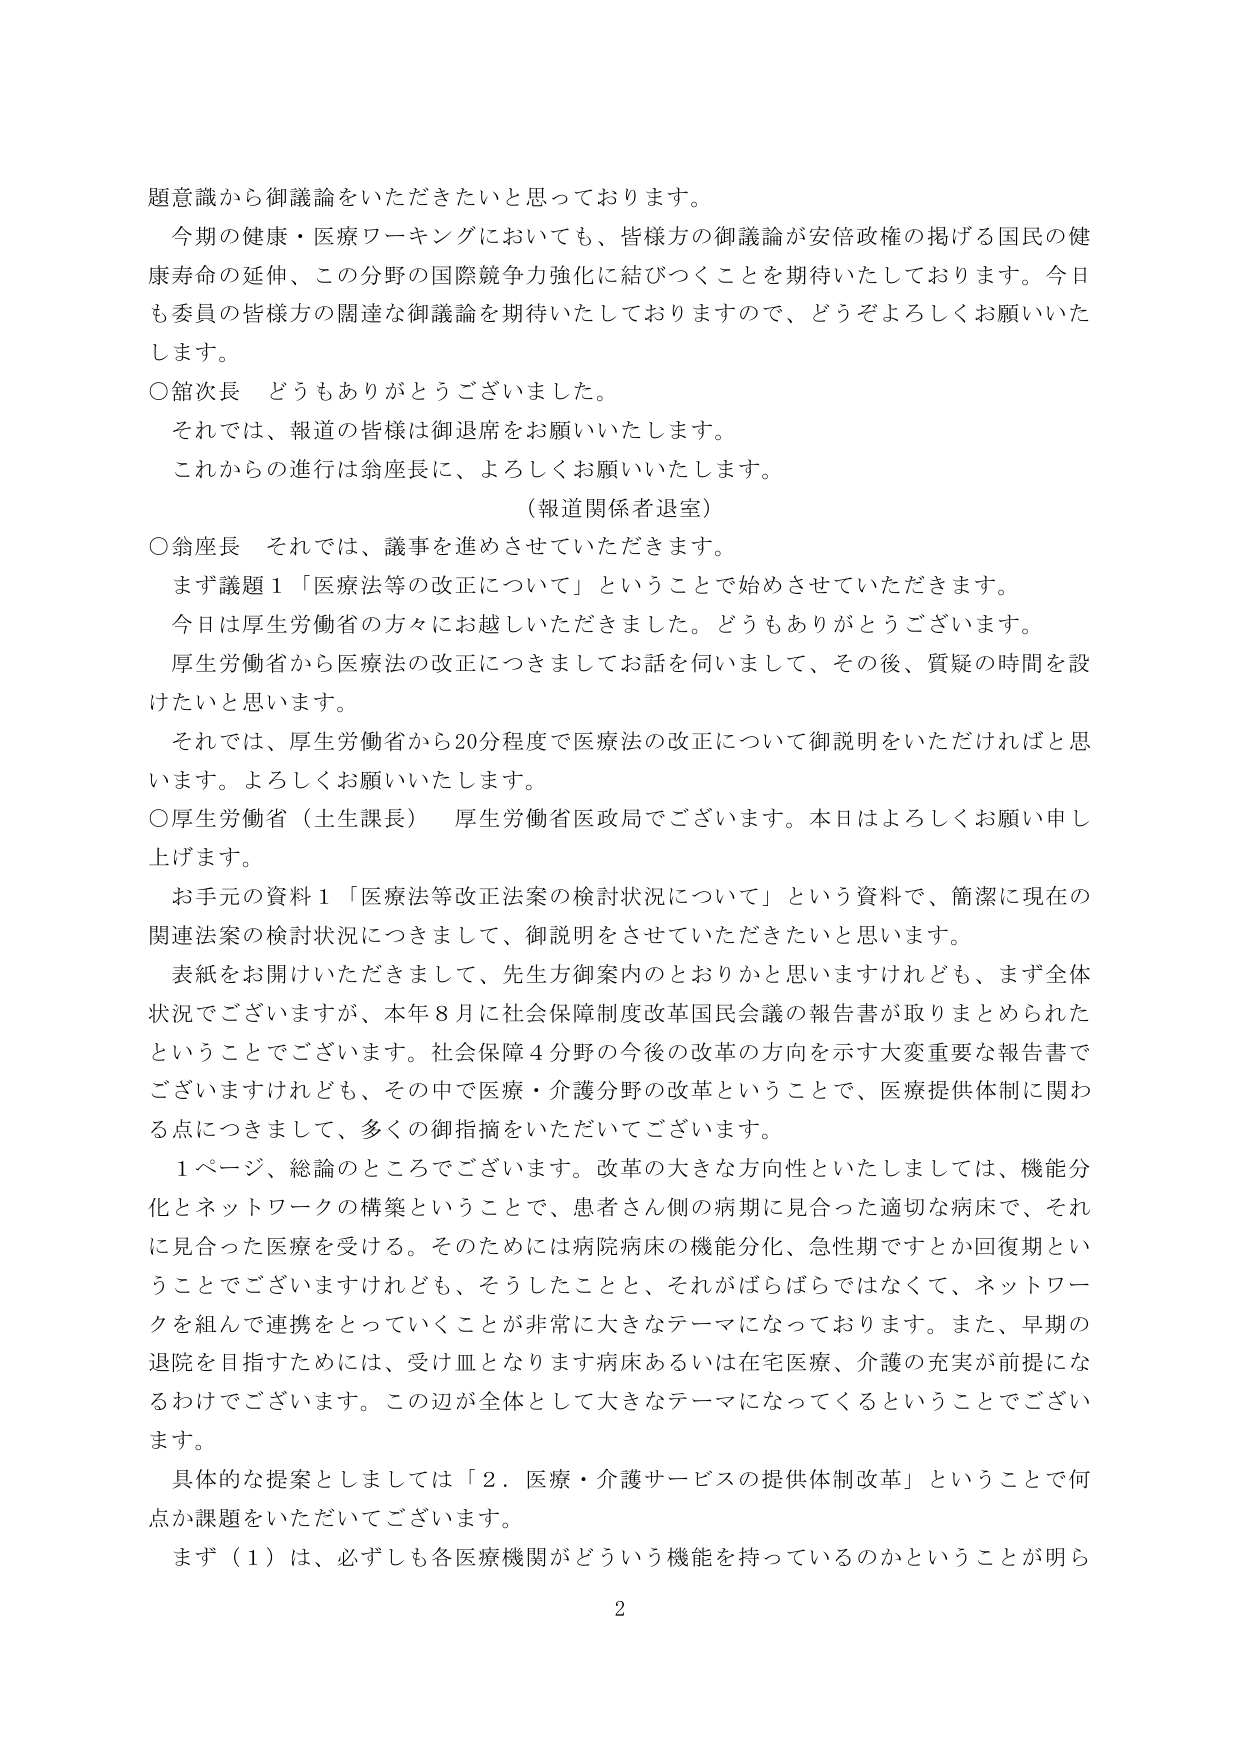
題意識から御議論をいただきたいと思っております。

今期の健康・医療ワーキングにおいても、皆様方の御議論が安倍政権の掲げる国民の健康寿命の延伸、この分野の国際競争力強化に結びつくことを期待いたしております。今日も委員の皆様方の闊達な御議論を期待いたしておりますので、どうぞよろしくお願いいたします。

○館次長　どうもありがとうございました。
　　それでは、報道の皆様は御退席をお願いいたします。
　　これからの進行は翁座長に、よろしくお願いいたします。
　　　　　　　　（報道関係者退室）

○翁座長　それでは、議事を進めさせていただきます。
　　まず議題１「医療法等の改正について」ということで始めさせていただきます。
　　今日は厚生労働省の方々にお越しいただきました。どうもありがとうございます。
　　厚生労働省から医療法の改正につきましてお話をお伺いして、その後、質疑の時間を設けたいと思います。
　　それでは、厚生労働省から20分程度で医療法の改正について御説明をいただければと思います。よろしくお願いいたします。

○厚生労働省（土生課長）　厚生労働省医政局でございます。本日はよろしくお願い申し上げます。

　　お手元の資料１「医療法等改正法案の検討状況について」という資料で、簡潔に現在の関連法案の検討状況につきまして、御説明をさせていただきたいと思います。

　　表紙をお開けいただきますと、先生方御案内のとおりかと思いますけれども、まず全体状況でございますが、本年８月に社会保障制度改革国民会議の報告書が取りまとめられたということでございます。社会保障４分野の今後の改革の方向を示す大変重要な報告書でございますけれども、その中で医療・介護分野の改革ということで、医療提供体制に関わる点につきまして、多くの御指摘をいただいてございます。

　　１ページ、総論のところでございます。改革の大きな方向性といたしましては、機能分化とネットワークの構築ということで、患者さん側の病期に見合った適切な病床で、それに見合った医療を受ける。そのためには病院病床の機能分化、急性期ですとか回復期ということでございますけれども、そうしたことと、それがばらばらではなくて、ネットワークを組んで連携をとっていくことが非常に大きなテーマになっております。また、早期の退院を目指すためには、受け皿となります病床あるいは在宅医療、介護の充実が前提になるわけでございます。この辺が全体として大きなテーマになってくるということでございます。

　　具体的な提案としましては「２．医療・介護サービスの提供体制改革」ということで何点か課題をいただいてございます。

　　まず（１）は、必ずしも各医療機関がどういう機能を持っているのかということが明ら

2